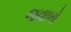
જવાબો